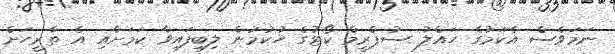
ނަމަވެސް އެކަމުގެ ހައްލު ސުޕްރީމް ކޯޓުގެ ހުކުމުން ލިބިފައިވާ ކަމަށާއި އެ ތާރީހަށް